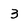
Character: 3